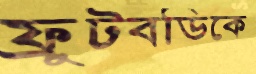
ফ্রুটবডিকে